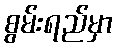
စွမ်းရည်မှာ